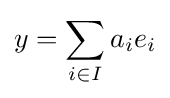
y=\sum _{i\in I}a_{i}e_{i}